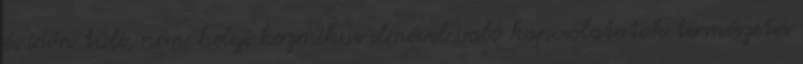
és időn túli, nem-helyi kozmikus elmével való kapcsolatotok természetes